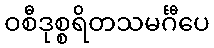
ဝစီဒုစ္စရိတသမင်္ဂီပေ